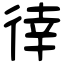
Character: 𢔛